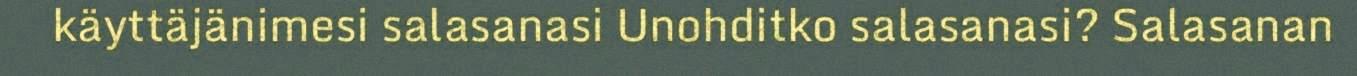
käyttäjänimesi salasanasi Unohditko salasanasi? Salasanan